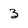
Character: 3